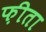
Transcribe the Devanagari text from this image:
फ़ीता